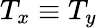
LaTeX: T_{x}\equiv T_{y}